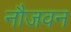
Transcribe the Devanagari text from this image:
नौजवन